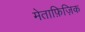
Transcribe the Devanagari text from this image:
मेताफ़िज़िक